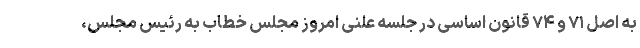
به اصل ۷۱ و ۷۴ قانون اساسی در جلسه علنی امروز مجلس خطاب به رئیس مجلس،